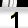
Digit: 1